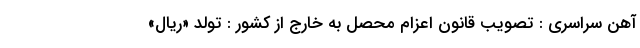
آهن سراسری : تصویب قانون اعزام محصل به خارج از کشور : تولد «ریال»